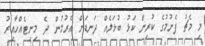
މި މެޗު ފެށުމުގެ ކުރިން ކަޅު ބުޅަލެއް ދަނޑަށް އެރުމުން ދެ މިނިޓެއްހާއިރު